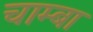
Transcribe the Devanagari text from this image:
चाम्बा